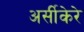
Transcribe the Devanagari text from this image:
अर्सीकेरे